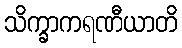
သိက္ခာကရဏီယာတိ